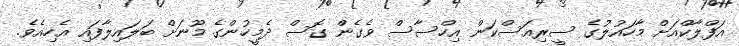
އަފްލާކްއަށް މާހައުލުގެ ސީރިއަސްކަން އިހްސާސް ވެގެން ގޮސް ދެމީހުންގެ މޫނަށް ބަލައިލާފައި އެހިއެވެ.